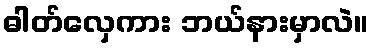
ဓါတ်လှေကား ဘယ်နားမှာလဲ။